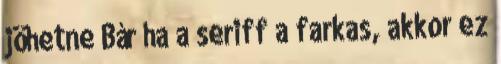
jöhetne Bár ha a seriff a farkas, akkor ez